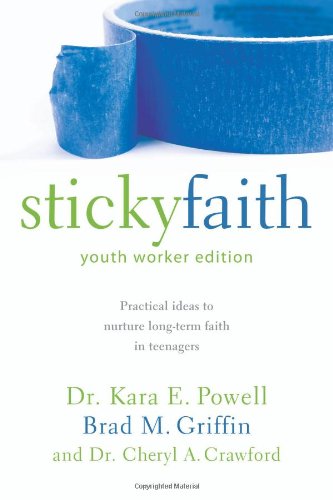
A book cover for Sticky Faith, Youth Worker Edition: Practical Ideas to Nurture Long-Term Faith in Teenagers; Kara E. Powell; Christian Books & Bibles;